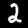
Digit: 2